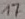
Text: 17